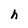
Character: h